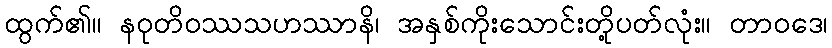
ထွက်၏။ နဝုတိဝဿသဟဿာနိ၊ အနှစ်ကိုးသောင်းတို့ပတ်လုံး။ တာဝဒေ၊